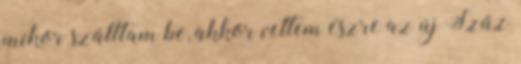
mikor szálltam be, akkor vettem észre az új Szűz